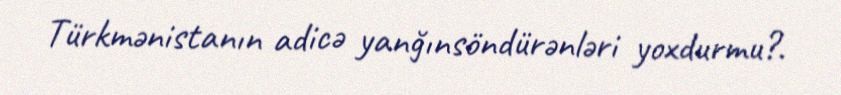
Türkmənistanın adicə yanğınsöndürənləri yoxdurmu?.